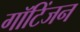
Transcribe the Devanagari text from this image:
गॉटिंजन